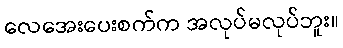
လေအေးပေးစက်က အလုပ်မလုပ်ဘူး။